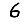
Digit: 6